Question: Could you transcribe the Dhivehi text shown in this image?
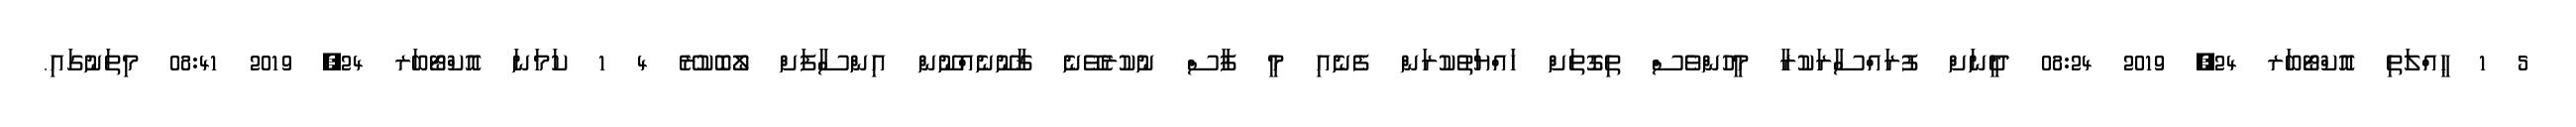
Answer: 5 1 ޙީއްލަތި އޮކްޓޯބަރ 24, 2019 08:24 ދީނަށް ފުރައްސާރަކުރާ މީހުންވެސް ތިގޮތަށް ހައްޔަތުކުރަން ފެނެއި މީ ފާސް ނުކުރެވޭނެ ޤާނޫނެއްނޫން އިންސާފަށް ލޯބޮކުރޭ 4 1 ކަމަނަ އޮކްޓޯބަރ 24, 2019 08:41 މިތަނުގައި.